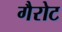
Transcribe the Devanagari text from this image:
गैरोट